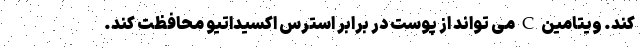
کند. ویتامین C می تواند از پوست در برابر استرس اکسیداتیو محافظت کند.